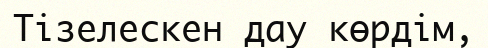
Тізелескен дау көрдім,